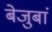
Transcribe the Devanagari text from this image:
बेजुबां